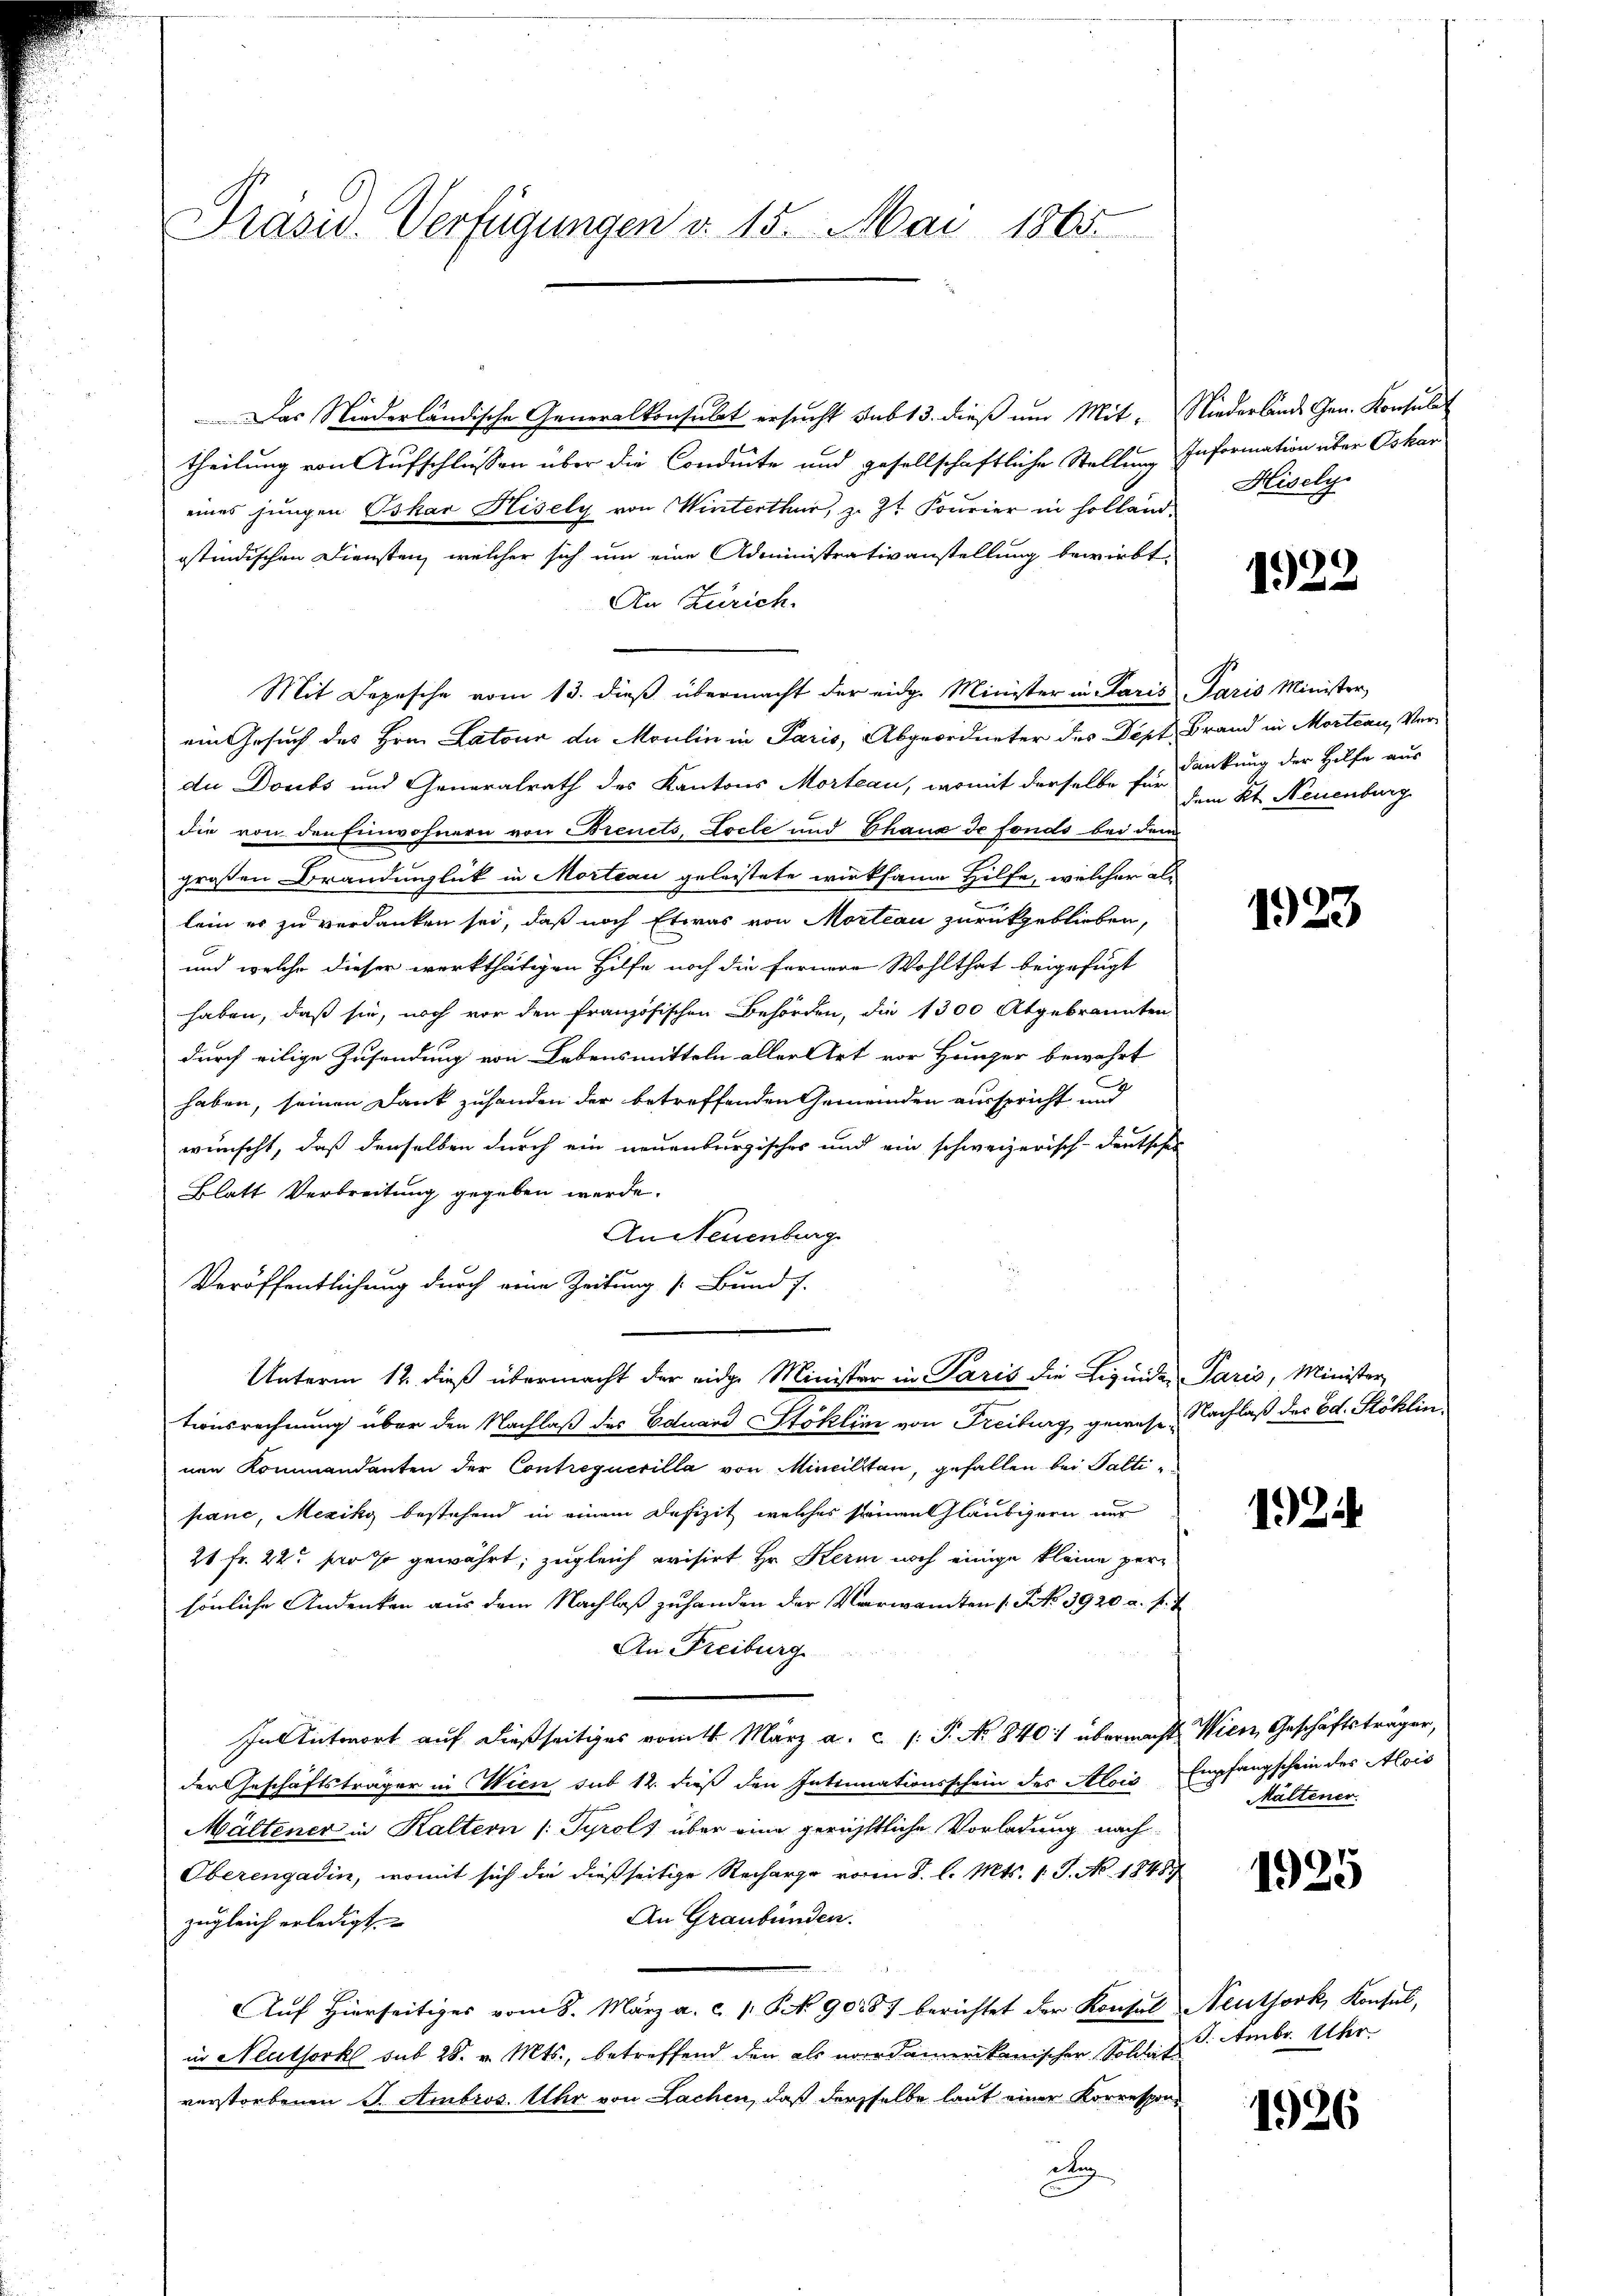
Präsid. Verfügungen d. 15. Mai 1865

Das Niederländische Generalkonsulat ersucht sub 13. dieß um Mit- Niederlande Gen. Konsulat
theilung von Aufschlüssen über die Condite und gesellschaftliche Stellung Information über Oskar
eines jungen Oskar Hisely von Winterthur, z. Zt. Fourier in Hollandostindischen Diensten, welcher sich um eine Administrativanstellung bewirbt.
An Zürich.
Mit Depesche vom 13. dieβ übermacht der eidg. Minister in Paris Paris Minister
eingesuch des Hrn. Latour da Moulin in Paris, Abgeordneter des Dept Brand in Mortcau, Ver-
du Doubs und Generalrath des Kantons Morteau, womit derselbe sie dankung der Hilfe aus
die von den Einwohnern von Freuets, Locle und Chaux de fonds bei dem
großen Brandinglick in Morteau geleistete wirksame Hilfe, welcher als
lein er zu verdanken sei, daß noch Etwas von Morteau zurückgeblieben,
und welche dieser werkthätigen Hilfe noch die Fernere Wohlthat beigefügt
haben, daß sie, noch vor den französischen Behörden, die 1300 Atgebrannten
durch eilige Zusendung von Lebensmitteln aller Art vor Hunzer bewahrt
haben, seinen Dank zuhanden der betreffenden Gemeinden ausspricht und
wünscht, daß denselben durch ein neuenburgisches und ein schweizerisch-deutscher
Blatt Verbreitung gegeben werde.
An Neuenburg
Veröffentlichung durch eine Zeitung [Bund f
Unterm 12. dieß übermacht der eidge Minister in Paris die Liquider Paris, Minister,
tionsrechnung über den Nachlaß des Eduard Stoklini von Freiburg gewesen Nachlaß des Ed. Stoklin
nen Kommandanten der Contrequerilla von Mincilitan, gefallen bei Salti
panc, Meziky bestehend in einem Defizit welches seinen Gläubigern nur
21 Fr. 22. pro so gewährt; zugleich evisirt Hr. Kern noch einige kleine persönliche Andenken aus dem Nachlaß zuhanden der Verwandten (S No 3920 a. f. 7
An Freiburg
In Antwort auf dießseitiges vom 1. März a. c. (: P. No 840 übermacht. Wien, Geschäftsträger,
der Geschäftsträger in Wien sub 12. dieß den Intimationsschein des Alois Empfangschein des Alois
Mältener in Kaltern /: Tyrols über eine gerichtliche Vorladung nach
Oberengadin, womit sich die dießseitige Recharge vom 8. l. Mts. 1. J. No. 18487
An Graubünden.
zugleich erledigt.
Auf Hierseitiges vom 8. März a. c. 1 S. 90187 berichtet der Konsul Neuthork, Konsul,
in Neuthorkl sub 28. v. Mts., betreffend den als nordamerikanischer Soldat
verstorbenen S. Ambros. Uhr von Lachen, daß derselbe laut einer Korrespon
dug

Hisely

1922

dem Kt. Neuenburg

1923

1024

Maltener.

1925

J. Ambr. Uhr.

1926